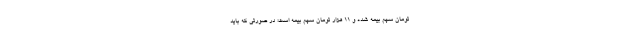
تومان سهم بیمه شده و ۱۱ هزار تومان سهم بیمه است؛ در صورتی که باید